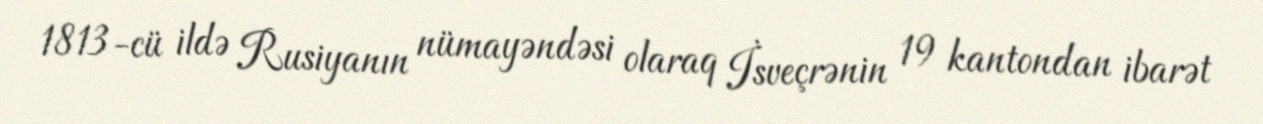
1813-cü ildə Rusiyanın nümayəndəsi olaraq İsveçrənin 19 kantondan ibarət